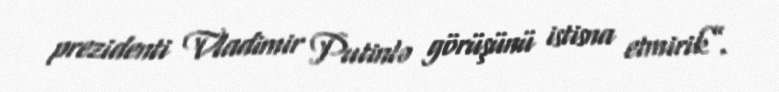
prezidenti Vladimir Putinlə görüşünü istisna etmirik”.